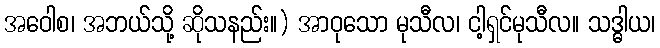
အဝေါစ၊ အဘယ်သို့ ဆိုသနည်း။) အာဝုသော မုသီလ၊ ငါ့ရှင်မုသီလ။ သဒ္ဓါယ၊